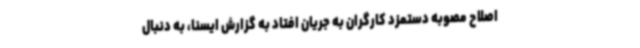
اصلاح مصوبه دستمزد کارگران به جریان افتاد به گزارش ایسنا، به دنبال